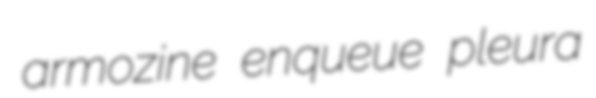
armozine enqueue pleura